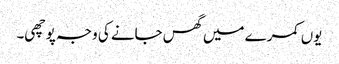
یوں کمرے میں گھس جانے کی وجہ پوچھی۔